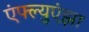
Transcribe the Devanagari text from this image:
एंफ्ल्युएंझा